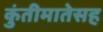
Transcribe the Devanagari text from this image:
कुंतीमातेसह